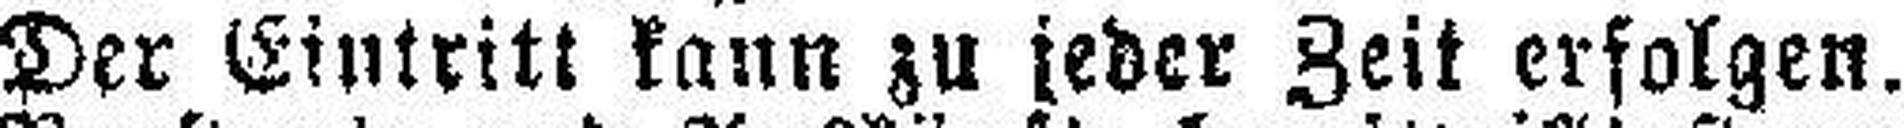
Der Eintritt kann zu jeder Zeit erfolgen.